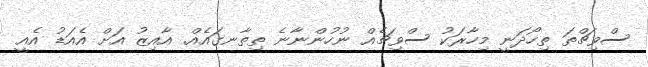
ސްވިޗްތަ ތިހޯދަނީ މިހާރަކު ސްވިޗެއް ނުހުންނާނެ ތިތާނގައެއް. އާއިޒު އަށް އެއަޑު އެއީ